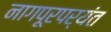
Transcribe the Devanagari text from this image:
नागपूरपर्यंत